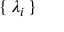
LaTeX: \{ \, \lambda _ { i } \, \}